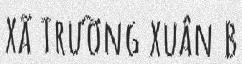
Xã Trường Xuân B